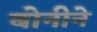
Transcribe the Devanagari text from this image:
बोनीने